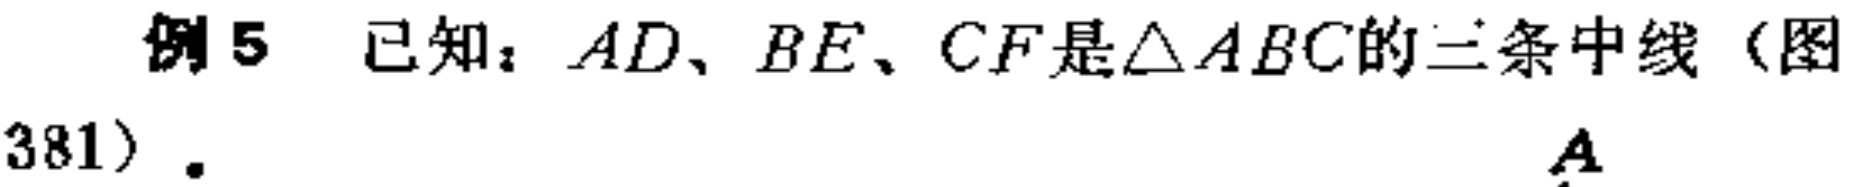
例5 已知：$AD、BE、CF$是$\triangle ABC$的三条中线（图381）.